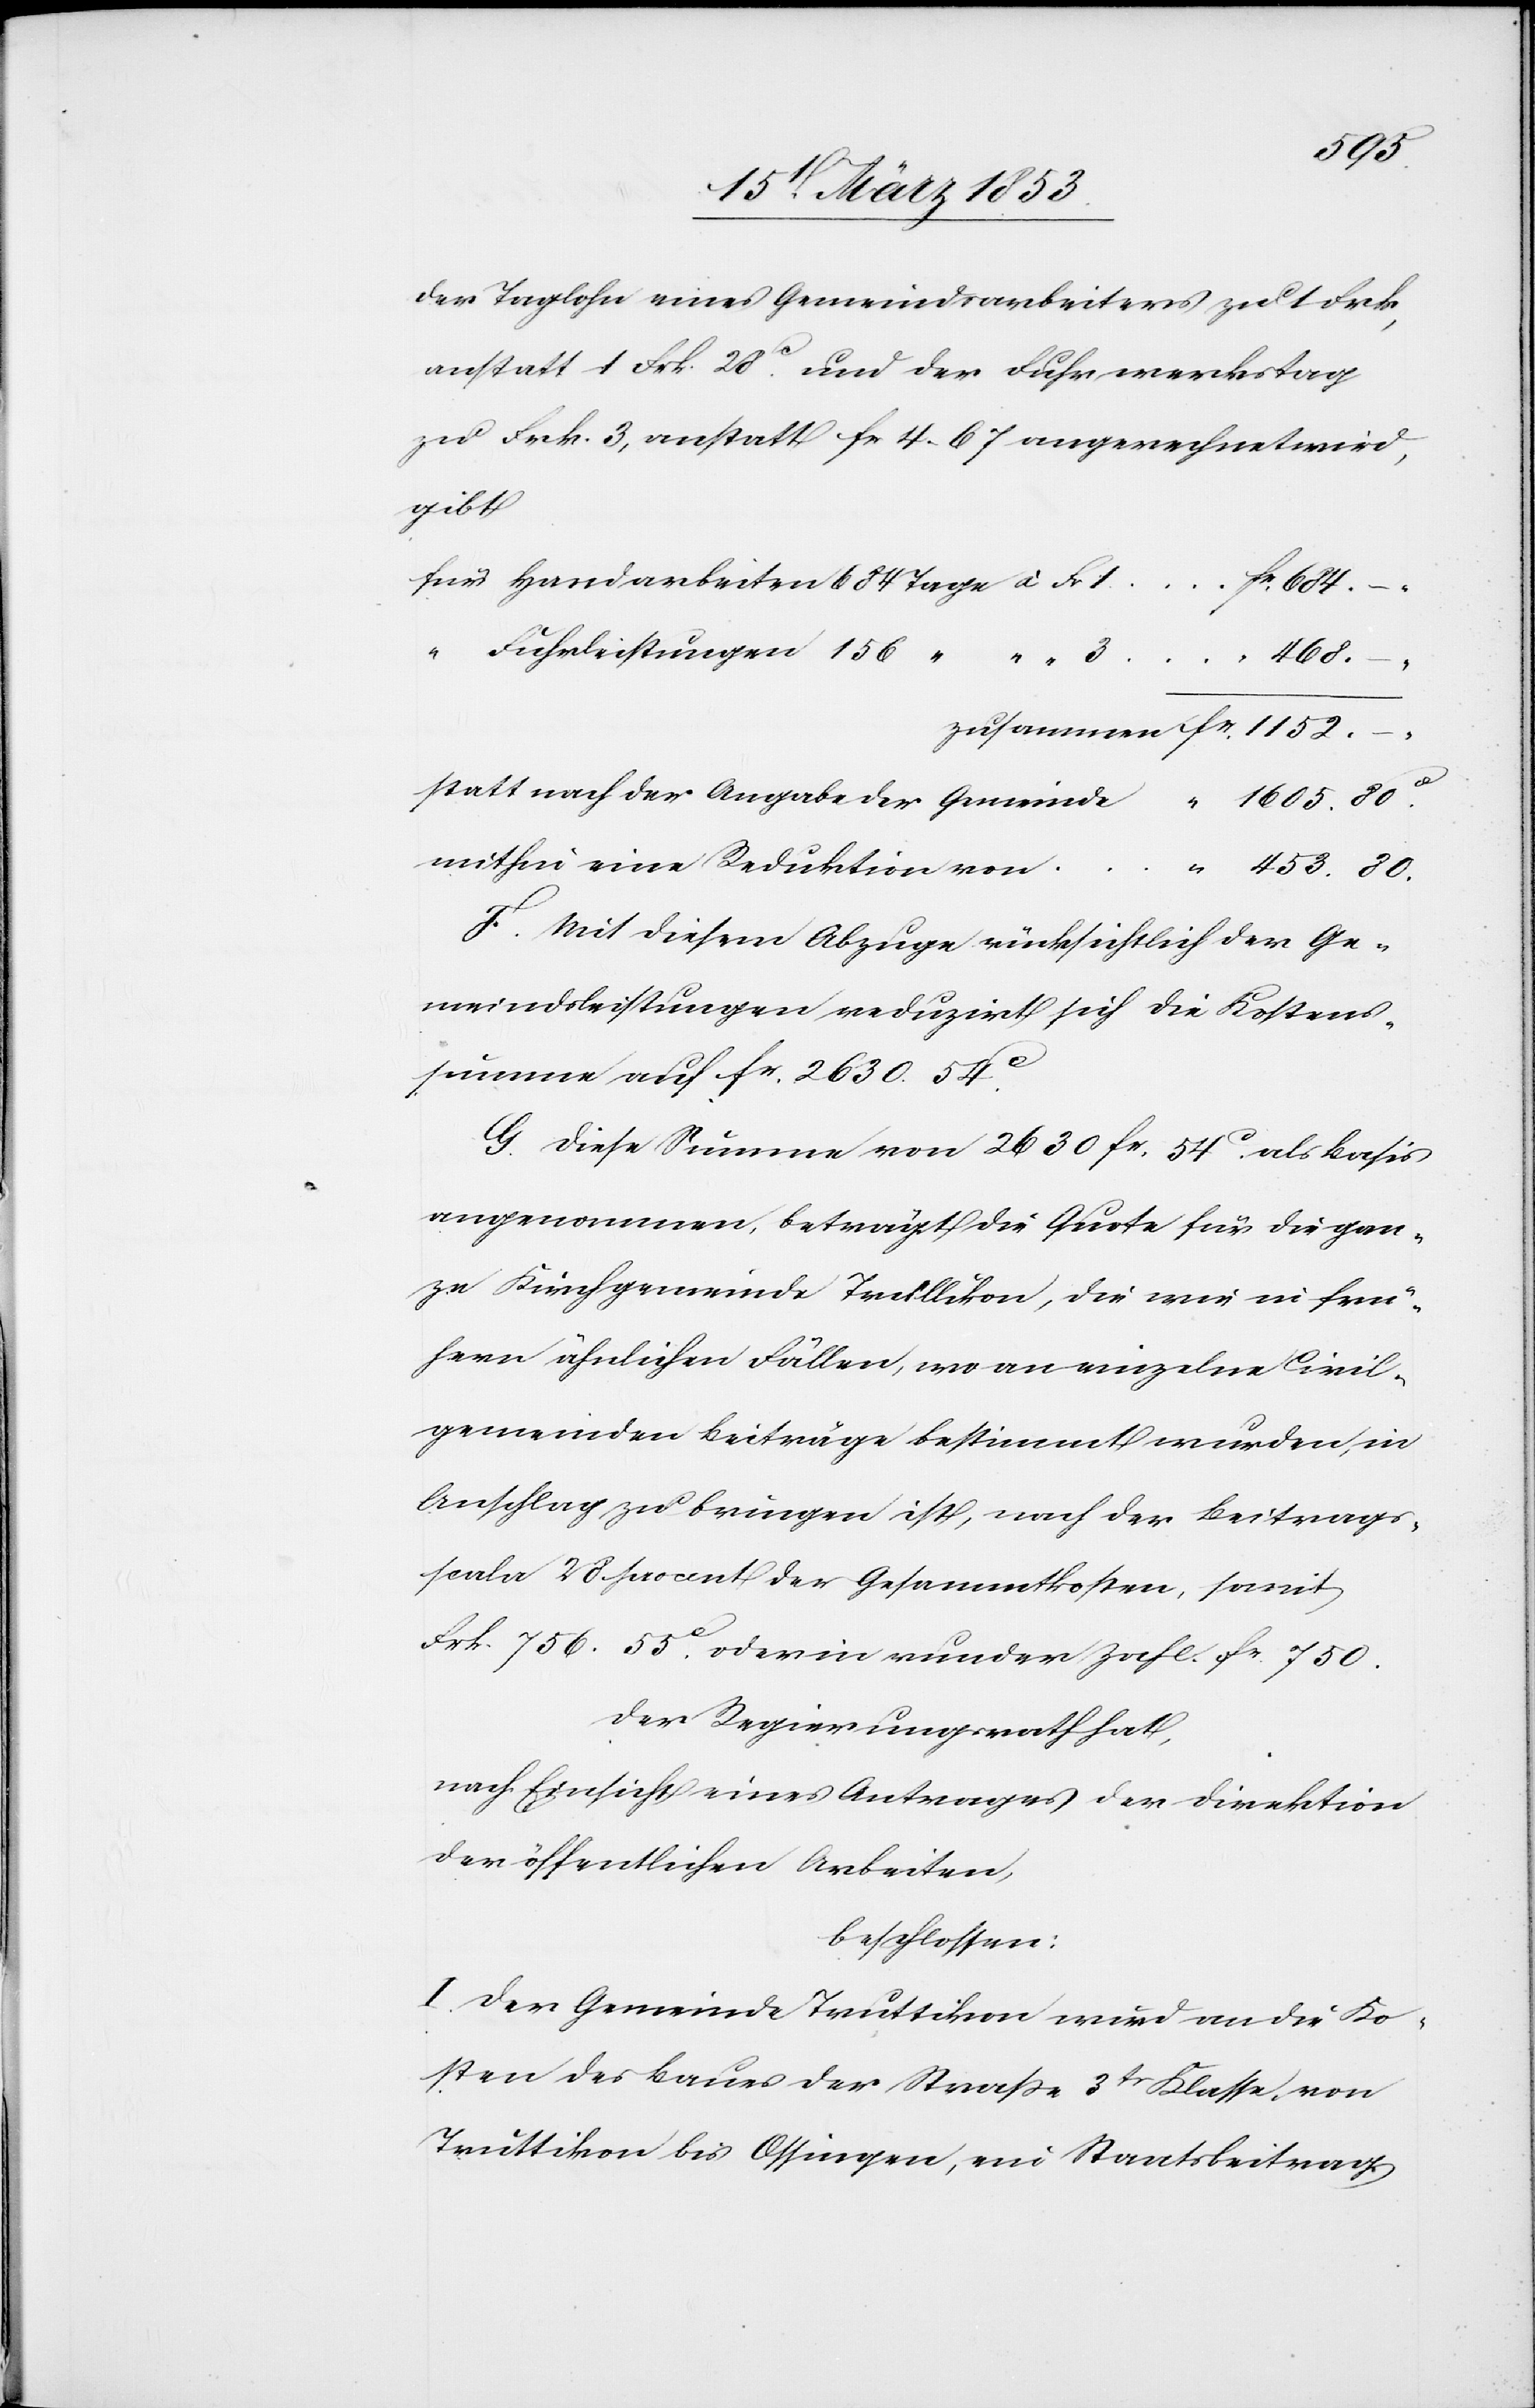
80.
der Taglohn eines Gemeindarbeiters zu 1 Frk.
anstatt 1 Frk. 20 c und der Fuhrwerkstag
zu Frk. 3, anstatt fr. 4. 67 angerechnet wird,
gibt
für Handarbeiten 	684 Tage à Fr 1		fr. 684.
453.
zusammen fr. 1152.
–
statt nach der Angabe der Gemeinde				“ 1605. 80
mithin eine Reduktion
F. Mit diesem Abzuge rücksichtlich der Ge¬
meindsleistungen reduzirt sich die Kostens¬
umme auf fr. 2630. 54 c
G. Diese Summe von 2630 fr. 54 c als Basis
angenommen, beträgt die Quote für die gan¬
ze Kirchgemeinde Trüllikon, die wie in frü¬
hern ähnlichen Fällen, wo an einzelne Civil¬
gemeinden Beiträge bestimmt wurden, in
Anschlag zu bringen ist, nach der Beitrags¬
scala 28 Procent der Gesammtkosten, soweit
Frk. 756. 55 c. oder in runder Zahl fr. 750.
Der Regierungsrath hat,
nach Einsicht eines Antrages der Direktion
der öffentlichen Arbeiten,
beschlossen:
I. Der Gemeinde Truttikon wurden an die Ko¬
sten des Baues der Straße 3tr. Klasse von
Truttikon bis Ossingen, ein Staatsbeitrag